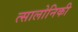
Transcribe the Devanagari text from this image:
त्सालोनिकी